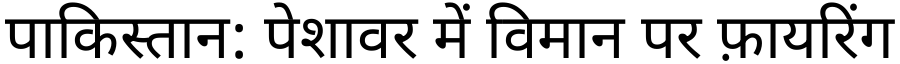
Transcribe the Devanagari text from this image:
पाकिस्तान: पेशावर में विमान पर फ़ायरिंग